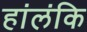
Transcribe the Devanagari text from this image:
हांलंकि